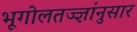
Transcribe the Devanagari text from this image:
भूगोलतज्ज्ञांनुसार